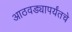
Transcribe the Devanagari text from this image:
आठवड्यापर्यंतचे